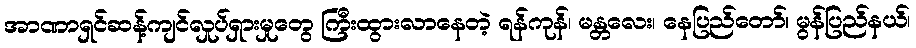
အာဏာရှင်ဆန့်ကျင်လှုပ်ရှားမှုတွေ ကြီးထွားလာနေတဲ့ ရန်ကုန်၊ မန္တလေး၊ နေပြည်တော်၊ မွန်ပြည်နယ်၊